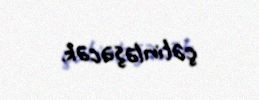
çətinləşəcək.